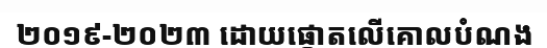
២០១៩-២០២៣ ដោយផ្តោតលើគោលបំណង